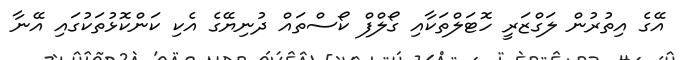
އޭގެ އިތުރުން ލަގްޒަރީ ހޮޓަލްތަކާއި ގޯލްފް ކޯސްތައް ދުނިޔޭގެ އެކި ކަންކޮޅުތަކުގައި އޭނާ